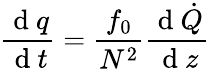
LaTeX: \frac{\mathrm{~d~}q}{\mathrm{~d~}t}=\frac{f_{0}}{N^{2}}\frac{\mathrm{~d~}\dot{Q}}{\mathrm{~d~}z}